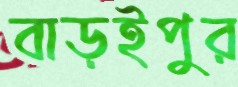
বাড়ইপুর